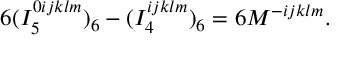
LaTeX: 6 ( I _ { 5 } ^ { 0 i j k l m } ) _ { 6 } - ( I _ { 4 } ^ { i j k l m } ) _ { 6 } = 6 M ^ { - i j k l m } .